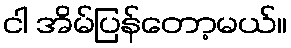
ငါ အိမ်ပြန်တော့မယ်။